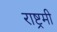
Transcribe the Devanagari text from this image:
राष्ट्रमी